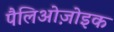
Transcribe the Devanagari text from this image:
पैलिओज़ोइक